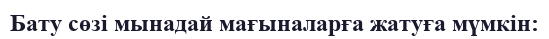
Бату сөзі мынадай мағыналарға жатуға мүмкін: